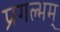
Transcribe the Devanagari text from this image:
प्रगल्भम्